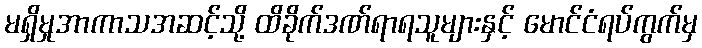
မရှိမှုအာကာသအဆင့်သို့ ထိခိုက်ဒဏ်ရာရသူများနှင့် မောင်ငံရပ်ကွက်မှ